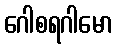
ဂေါစရဂါမော